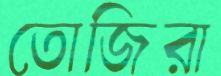
তোজিরা